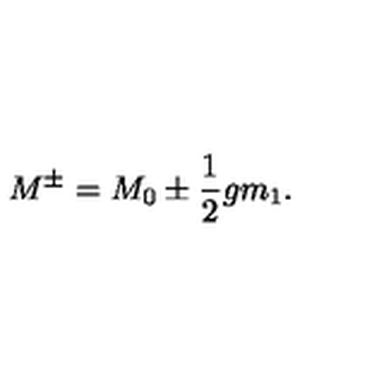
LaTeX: M ^ { \pm } = M _ { 0 } \pm { \frac { 1 } { 2 } } g m _ { 1 } .